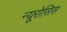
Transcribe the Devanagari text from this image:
न्यूरोसिस